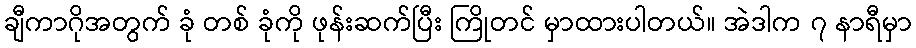
ချီကာဂိုအတွက် ခုံ တစ် ခုံကို ဖုန်းဆက်ပြီး ကြိုတင် မှာထားပါတယ်။ အဲဒါက ၇ နာရီမှာ